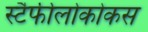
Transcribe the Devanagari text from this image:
स्टैफीलोकोकस